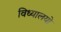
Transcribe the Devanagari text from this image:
विध्यालयो